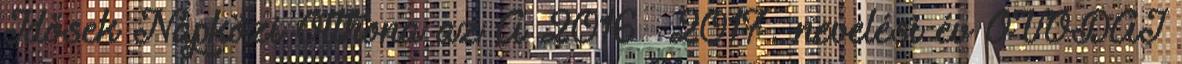
Idősek Napközi Otthona az A 2016 2017. nevelési év ÓVODAI